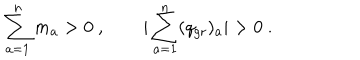
LaTeX: \sum _ { a = 1 } ^ { n } m _ { a } > 0 \ , \qquad | \sum _ { a = 1 } ^ { n } ( q _ { \mathrm { g r } } ) _ { a } | > 0 \ .